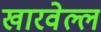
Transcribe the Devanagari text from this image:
खारवेल्ल